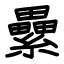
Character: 纍